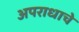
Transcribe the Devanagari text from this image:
अपराधाचे